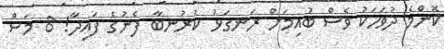
ކޮންމެ ދުވަހަކު ވެސް ބުއިމަށް ރަނގަޅު ކުރުނބާ ފެނުގެ ފައިދާ! 8 މަސް